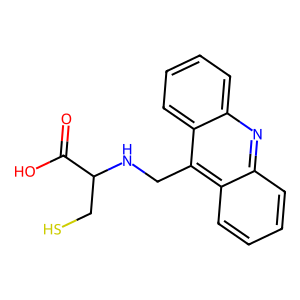
SMILES: O=C(O)C(CS)NCc1c2ccccc2nc2ccccc12
Inhibits HIV replication: No